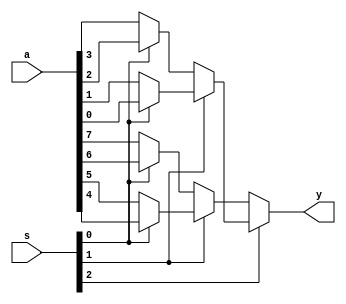
module mux_81_df(y,s,a);
  output y;
  input [1:3]s;
  input [1:8]a;
  
  assign y=((s[1]==0)?((s[2]==0)?((s[3]==0)?a[1]:a[2]):((s[3]==0)?a[3]:a[4])):((s[2]==0)?((s[3]==0)?a[5]:a[6]):(s[3]==0)?a[7]:a[8]));
  
endmodule
  
  
//tst bnch

module t_mux_81_df();
 
 wire y;
 reg [1:3]s;
 reg [1:8]a;
 
 mux_81_df a1(y,s,a);
 
 initial
 begin
 
 s=3'b000;
 a=8'b01001101;
 #50;  
 
 s=3'b001;
 a=8'b01001101;
 #50;
 
 s=3'b010;
 a=8'b01001101;
 #50;
 
 s=3'b011;
 a=8'b01001101;
 #50;
 
 s=3'b100;
 a=8'b01001101;
 #50; 
  
 s=3'b101;
 a=8'b01001101;
 #50;
 
 s=3'b110;
 a=8'b01001101;
 #50;
 
 s=3'b111;
 a=8'b01001101;
 #50;
 
 end 
 endmodule